Leprosy in India: report of the Leprosy Commission in India, 1890-91
Year: 1890
Disease focus: Leprosy
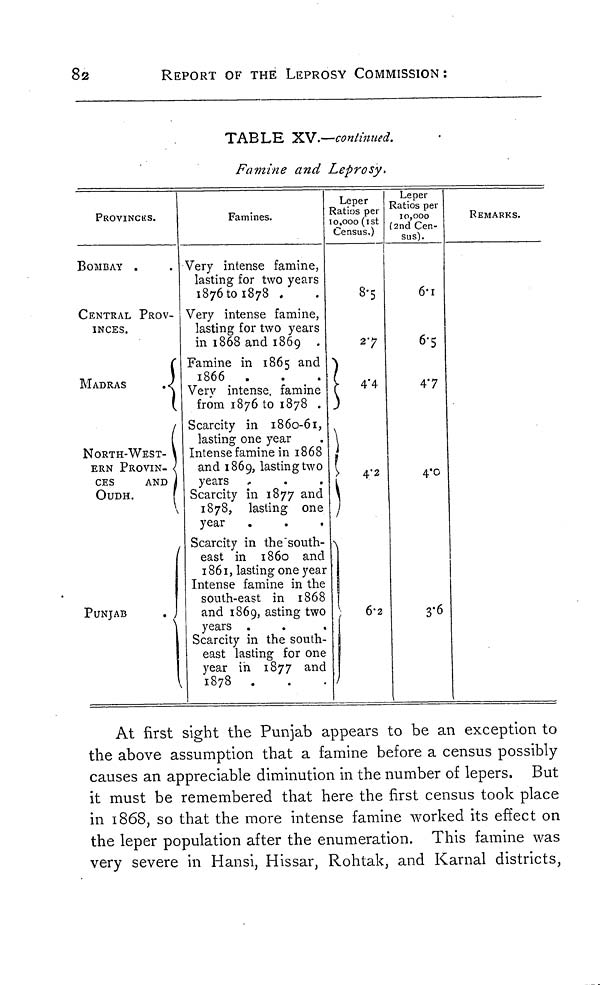
82
REPORT OF THE LEPROSY COMMISSION :
TABLE XV.—continued.
Famine and Leprosy.
PROVINCES.
BOMBAY .
CENTRAL PROV-
INCES.
MADRAS
NORTH-WEST-
ERN PROVIN-
CES
AND
OUDH.
\
PUNJAB
.
Famines.
Very intense famine,
lasting for two years
1876 to 1878 .
Very intense famine,
lasting for two years
in 1868 and 1869 .
Famine in 1865 and
1866 .
Very intense. famine
from 1876 to 1878 .
Scarcity in 1860-61,
lasting one year
Intense famine in 1868
and 1869, lasting two
years
Scarcity in 1877 and
1878, lasting one
year
Scarcity in the south-
east in 1860 and
1861, lasting one year
Intense famine in the
south-east in 1868
and 1869, asting two
years .
Scarcity in the south-
east lasting for one
year in 1877 and
1878 .
Leper
Ratios per
10,000 (1st
Census.)
8.5
2.7
4.4
4.2
6.2
Leper
Ratios per
10,000
(2nd Cen-
sus).
6.1
6.5
47
4.0
3.6
REMARKS.
At first sight the Punjab appears to be an exception to
the above assumption that a famine before a census possibly
causes an appreciable diminution in the number of lepers. But
it must be remembered that here the first census took place
in 1868, so that the more intense famine worked its effect on
the leper population after the enumeration. This famine was
very severe in Hansi, Hissar, Rohtak, and Karnal districts,